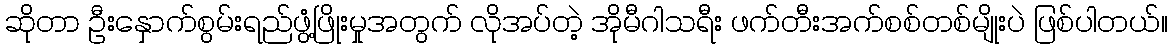
ဆိုတာ ဦးနှောက်စွမ်းရည်ဖွံ့ဖြိုးမှုအတွက် လိုအပ်တဲ့ အိုမီဂါသရီး ဖက်တီးအက်စစ်တစ်မျိုးပဲ ဖြစ်ပါတယ်။